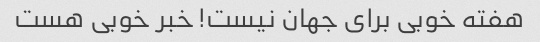
هفته خوبی برای جهان نیست! خبر خوبی هست